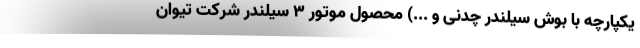
یکپارچه با بوش سیلندر چدنی و ...) محصول موتور ۳ سیلندر شرکت تیوان